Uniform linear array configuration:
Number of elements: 12
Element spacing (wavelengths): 0.75
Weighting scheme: exponential
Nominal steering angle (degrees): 0
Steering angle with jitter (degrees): -0.8719
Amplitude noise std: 0.05
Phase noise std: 0.05

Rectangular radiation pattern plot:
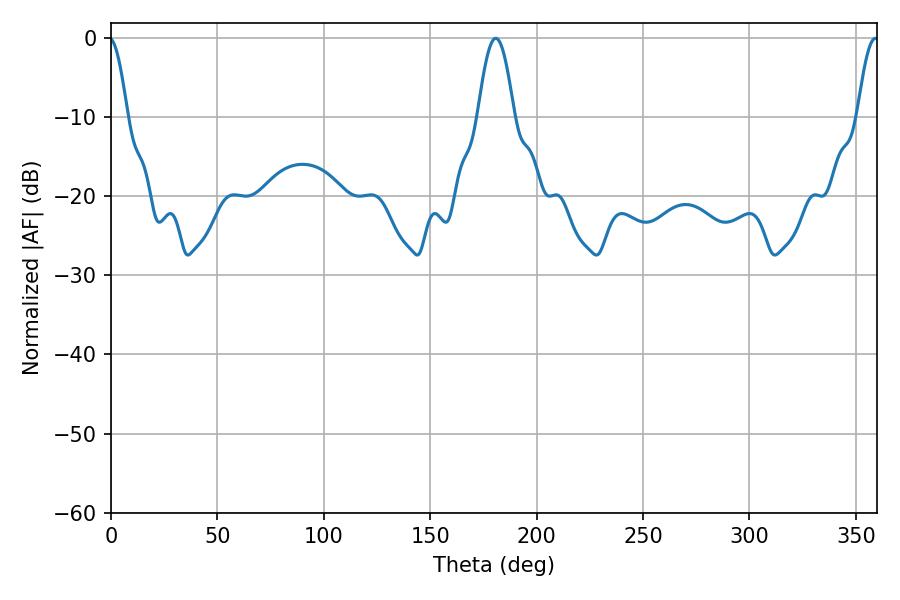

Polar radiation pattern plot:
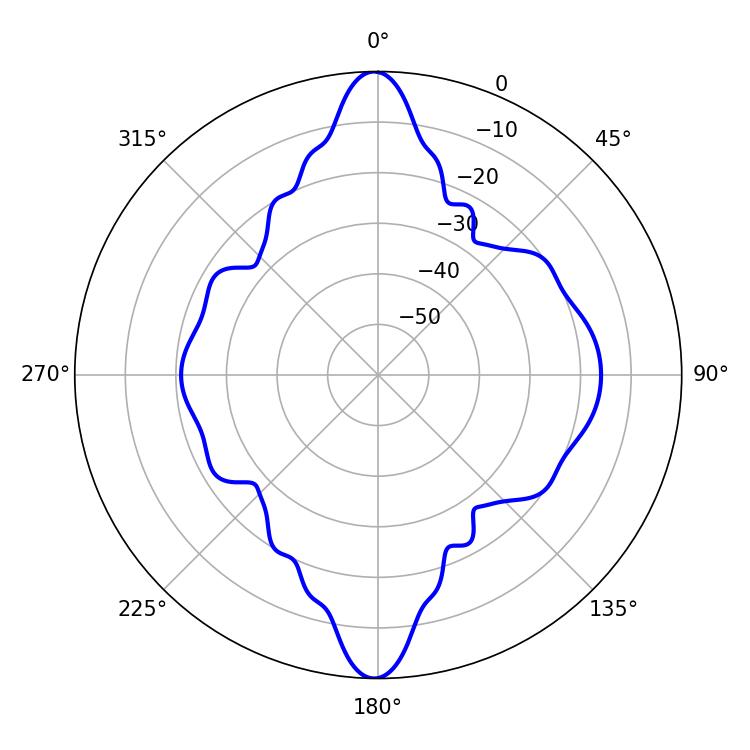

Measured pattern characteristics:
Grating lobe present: TRUE
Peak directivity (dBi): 25.831
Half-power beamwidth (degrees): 9.18
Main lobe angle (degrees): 180.72